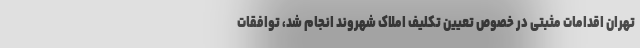
تهران اقدامات مثبتی در خصوص تعیین تکلیف املاک شهروند انجام شد، توافقات